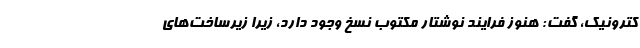
کترونیک، گفت: هنوز فرایند نوشتار مکتوب نسخ وجود دارد، زیرا زیرساخت‌های